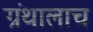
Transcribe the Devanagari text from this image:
ग्रंथालाच